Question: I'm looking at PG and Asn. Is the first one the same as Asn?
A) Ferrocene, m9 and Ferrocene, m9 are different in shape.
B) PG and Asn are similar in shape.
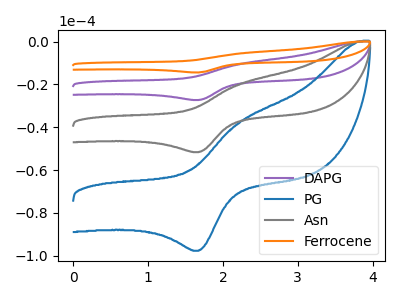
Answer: <think>The purple curve "DAPG" has an anodic peak at (2.25V, -39.80uA) and a cathodic peak at (1.65V, -103.25uA). The blue curve "PG" has an anodic peak at (2.25V, -37.65uA) and a cathodic peak at (1.65V, -97.65uA). The gray curve "Asn" has an anodic peak at (2.25V, -19.90uA) and a cathodic peak at (1.65V, -51.65uA). The orange curve "Ferrocene" has an anodic peak at (2.25V, -59.65uA) and a cathodic peak at (1.65V, -154.90uA).
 All the peaks in "PG" have a peak in "Asn" at the same potential.</think>
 <answer>B) "PG" and "Asn" are similar in shape.</answer>
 <eval>B</eval>